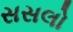
સસલો